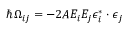
\hbar \Omega _ { i j } = - 2 A E _ { i } E _ { j } \boldsymbol { \epsilon } _ { i } ^ { * } \cdot \boldsymbol { \epsilon } _ { j }